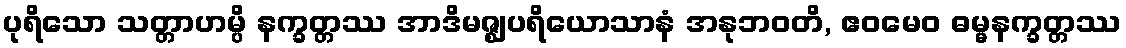
ပုရိသော သတ္တာဟမ္ပိ နက္ခတ္တဿ အာဒိမဇ္ဈပရိယောသာနံ အနုဘဝတိ, ဧဝမေဝ ဓမ္မနက္ခတ္တဿ